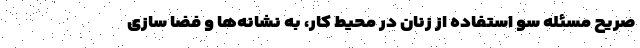
صریح مسئله سو استفاده از زنان در محیط کار، به نشانه‌ها و فضا سازی